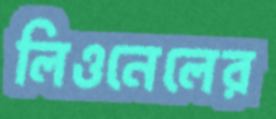
লিওনেলের